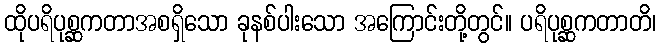
ထိုပရိပုစ္ဆကတာအစရှိသော ခုနစ်ပါးသော အကြောင်းတို့တွင်။ ပရိပုစ္ဆကတာတိ၊